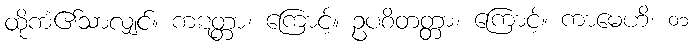
ထိုကံ၏သာလျှင်။ ကဋတ္တာ၊ ကြောင့်။ ဥပစိတတ္တာ၊ ကြောင့်။ ကာမေဟိ၊ ၀၁